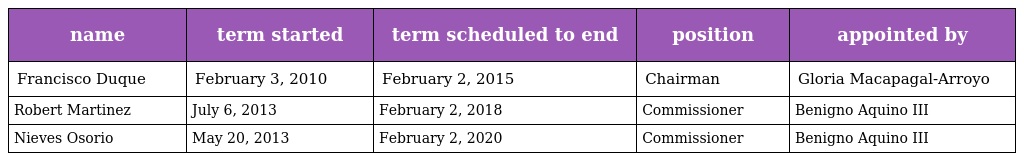
| name | term started | term scheduled to end | position | appointed by |
 | --- | --- | --- | --- | --- |
 | Francisco Duque | February 3, 2010 | February 2, 2015 | Chairman | Gloria Macapagal-Arroyo |
 | Robert Martinez | July 6, 2013 | February 2, 2018 | Commissioner | Benigno Aquino III |
 | Nieves Osorio | May 20, 2013 | February 2, 2020 | Commissioner | Benigno Aquino III |